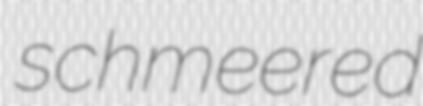
schmeered